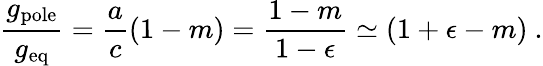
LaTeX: \frac{g_{\mathrm{{pole}}}}{g_{\mathrm{eq}}}=\frac{a}{c}(1-m)=\frac{1-m}{1-\epsilon}\simeq(1+\epsilon-m)~.